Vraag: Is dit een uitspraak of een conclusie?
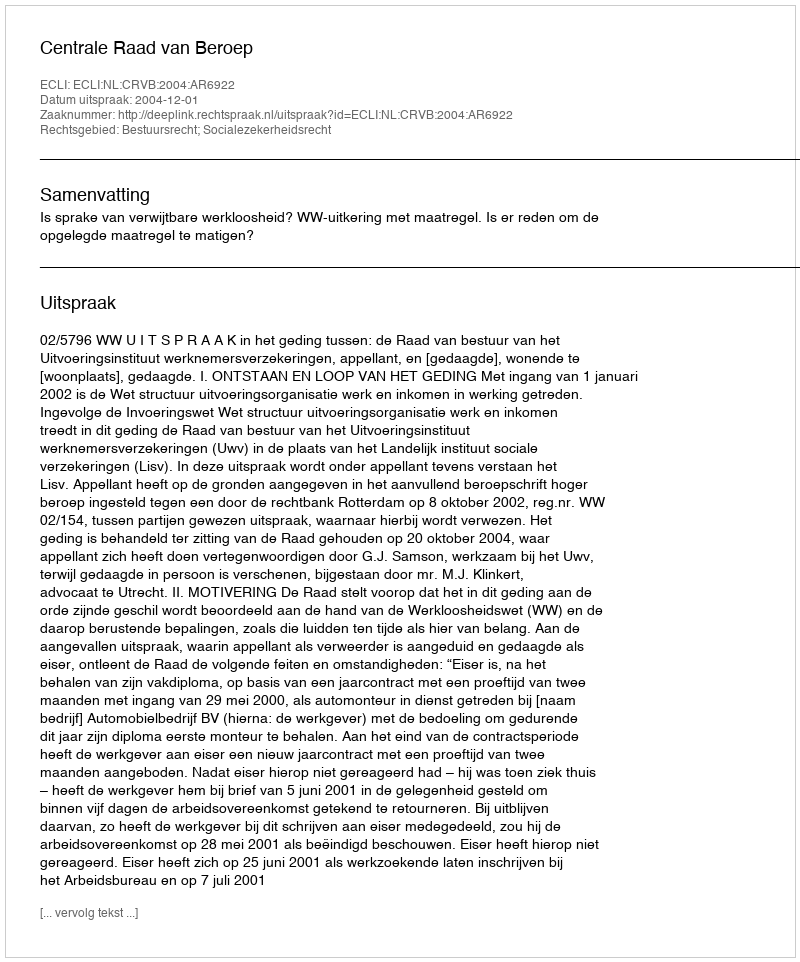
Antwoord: Uitspraak